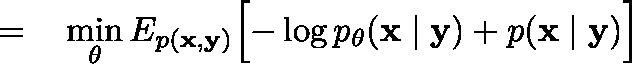
\begin{array} { r l } { = \, } & { { } \underset { \mathbf { \theta } } { \operatorname* { m i n } } \, \mathbb { E } _ { p ( \mathbf { x } , \mathbf { y } ) } \Bigl [ - \log p _ { \theta } ( \mathbf { x } \mid \mathbf { y } ) + p ( \mathbf { x } \mid \mathbf { y } ) \Bigr ] } \end{array}